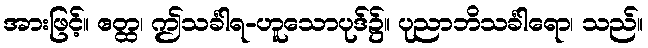
အားဖြင့်။ ဧတ္ထ၊ ဤသင်္ခါရ-ဟူသောပုဒ်၌။ ပုညာဘိသင်္ခါရော၊ သည်။